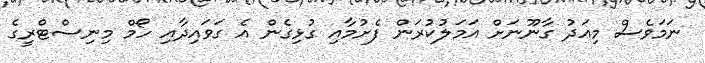
ނަމަވެސް މިއަދު ގާނޫނަށް އަމަލުކުރަން ފެށުމާއި ގުޅިގެން އެ ގަވައިދާއި ހޯމް މިނިސްޓްރީގެ